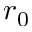
r _ { 0 }